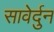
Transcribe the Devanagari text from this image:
सावेर्दुन